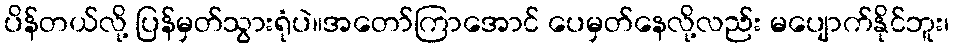
ပိန်တယ်လို့ ပြန်မှတ်သွားရုံပဲ။အတော်ကြာအောင် ပေမှတ်နေလို့လည်း မပျောက်နိုင်ဘူး၊